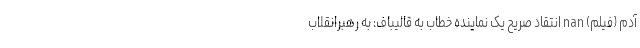
آدم (فیلم) nan انتقاد صریح یک نماینده خطاب به قالیباف: به رهبرانقلاب